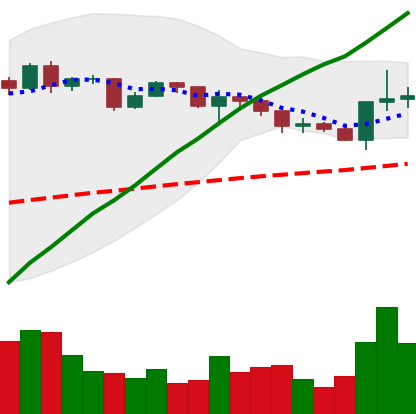
Ticker: XRP-USD
Chart end date: 2020-12-18
Forward return: -55.74%
Label: down_7plus